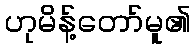
ဟုမိန့်တော်မူ၏